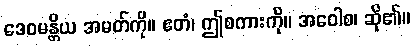
ဒေဝမန္တိယ အမတ်ကို။ ဧတံ၊ ဤစကားကို။ အဝေါစ၊ ဆို၏။